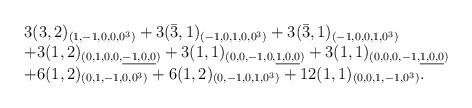
LaTeX: \begin{align*}\begin{array}{l}3(3,2)_{(1,-1,0,0,0^3)}+3(\bar{3},1)_{(-1,0,1,0,0^3)}+3(\bar{3},1)_{(-1,0,0,1,0^3)} \\+3(1,2)_{(0,1,0,0,\underline{-1,0,0})}+3(1,1)_{(0,0,-1,0,\underline{1,0,0})}+3(1,1)_{(0,0,0,-1,\underline{1,0,0})}\\+6(1,2)_{(0,1,-1,0,0^3)}+6(1,2)_{(0,-1,0,1,0^3)}+12(1,1)_{(0,0,1,-1,0^3)}. \\\end{array}\end{align*}